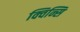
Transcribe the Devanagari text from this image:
क्विन्सि